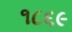
૧૮૬૯